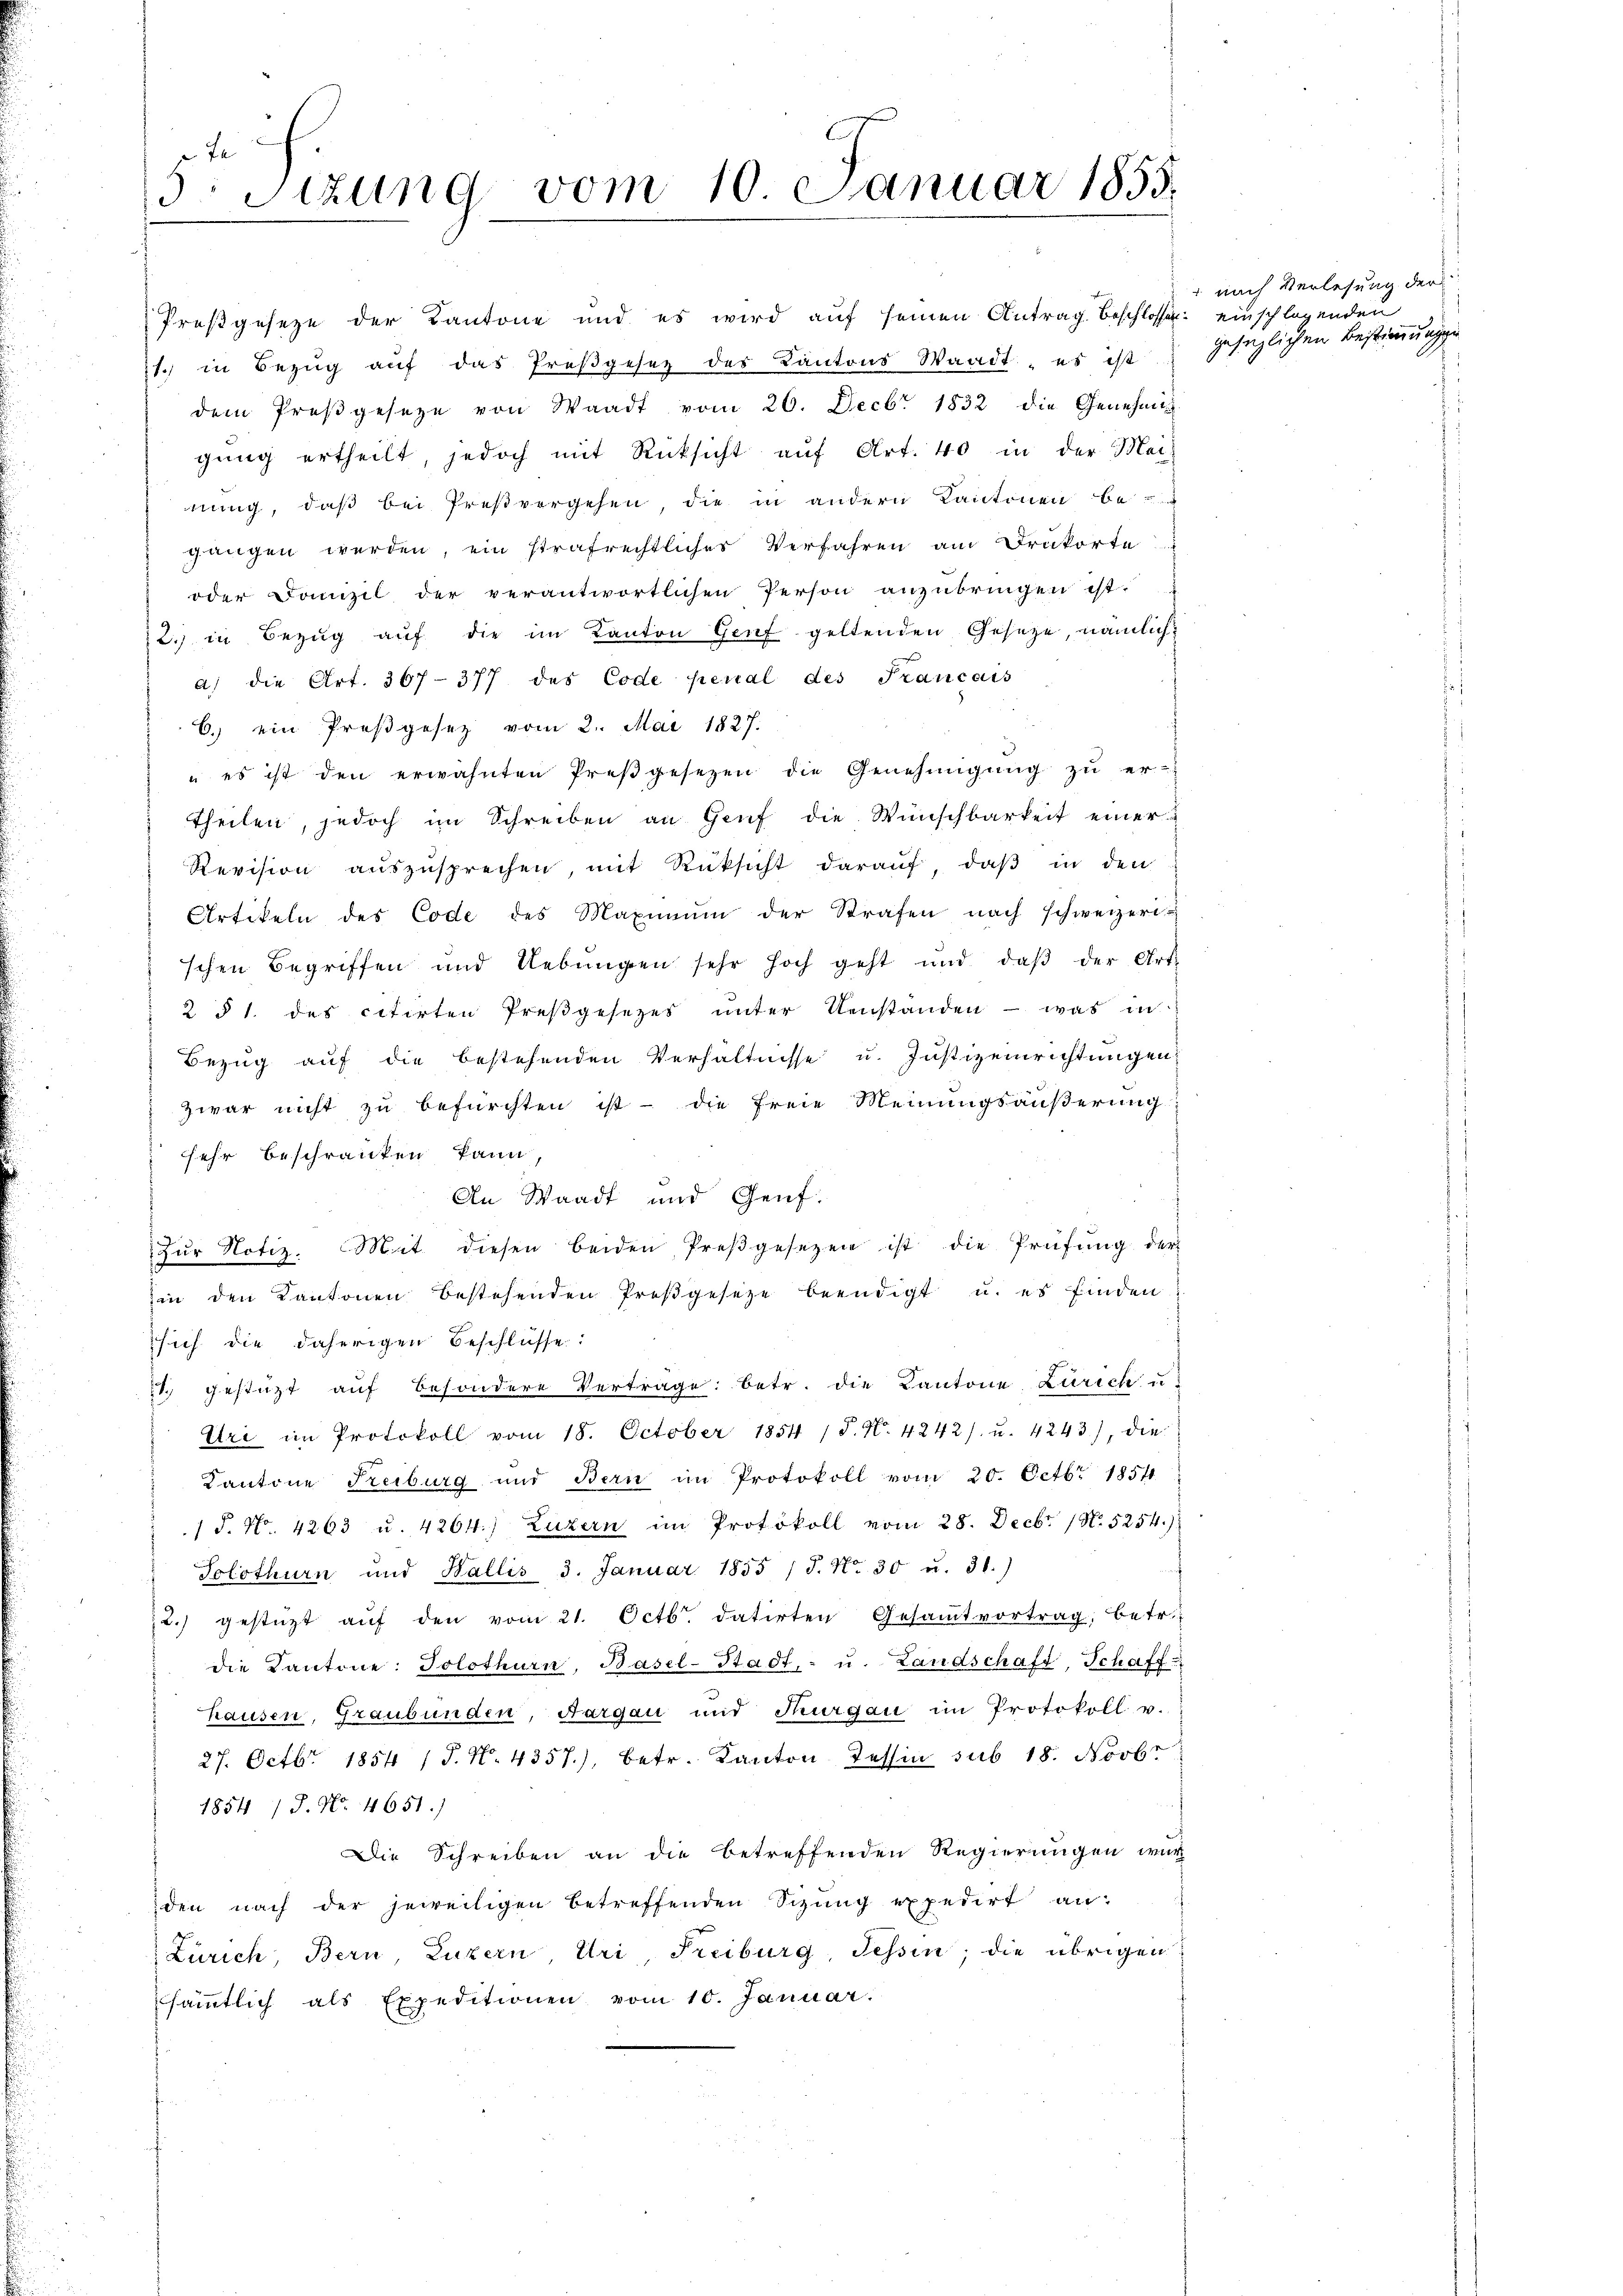
5: Sizung

vom 10. Januar 1855.

Preßgeseze der Kantone und es wird auf seinen Antrag beschlossen:
1) in Bezŭg aŭf das Preβgesetz des Kantons Waadt, es ist
dem Preßgeseze von Waadt vom 26. Decbr 1832 die Genehmig
gŭng ertheilt, jedoch mit Rücksicht aŭf Art. 40 in der Mei-
nung, daß bei Preßvergehen, die in andern Kantonen begangen werden, ein strafrechtliches Verfahren am Drukorte
oder Domizil der verantwortlichen Person anzubringen ist.
2.) in Bezŭg aŭf die im Kanton Genf geltenden Gesetze, nämlich.
a) die Art. 367-377 des Code perial des Francais
6.) ein Proßgesetz vom 2. Mai 1827.
"es ist den erwähnten Preβgesetzen die Genehmigŭng zŭ er-
theilen, jedoch im Schreiben an Genf die Wünschbarkeit einer
Revision auszusprechen, mit Rüksicht daraŭf, daβ in den
Artikeln des Code des Maximŭm der Strafen nach schweizeri-
schen Begriffen und Uebungen sehr hoch geht und daβ der Art.
2 § 1. des citirten Preβgesetzes ŭnter Umständen - was in
Bezug auf die bestehenden Verhältnisse u. Justizeinrichtungen:
Zwar nicht zu befürchten ist - die freie Meinungsäußerung
 sehr beschränken kann,
An Waadt und Genf.
Zŭr Notiz. Mit diesen beiden Preβgesezen ist die Prüfŭng der
in den Kantonen bestehenden Preßgesetze beendigt u. es finden
sich die daherigen Beschlüsse:
1 gestüzt aŭf besondere Vertrage: betr. die Kantone Zürich u.
Uri im Protokoll vom 18. October 1854 /d. N. 4242/. u. 4243), die
Kantone Freiburg und Bern im Protokoll vom 20. Octbr. 1854
/ P. No. 4263 u. 4264.) Luzern im Protokoll vom 28. Decbr. (N. 5254.)
Solothurn und Wallis 3. Januar 1855 / 5. No. 30 u. 31.)
2. gestützt aŭf den vom 21. Octb. datirten Gesaṁtvortrag, betr.
die Kantone: Solothurn, Basel-Stadt, - u. Landschaft, Schaff
hausen, Graubünden, Aargau und Thurgau im Protokoll v.
27. Octbr. 1854 (T. N. 4357), betr. Kanton Tessin sub 18. Novbr
1854 / J. No. 4651.)
Die Schreiben an die betreffenden Regierungen wur
den nach der jeweiligen betreffenden Schŭng expedirt an:
Zürich, Bern, Luzern, Uri, Freiburg, Tessin, die übrigen
sämmtlich als Expeditionen vom 10. Januar.

" nach Verlesung der
einschlagenden
gesaglichen Bestimmunge